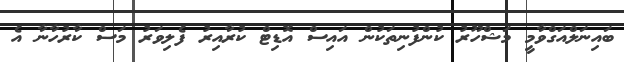
ބައިނަލްއަގްވާމީ މަޝްހޫރު ކުންފުނިތަކުން އައިސް އޮޑިޓް ކުރާއިރު ފެލިވަރު މަސް ކާރުހާނާ އެ